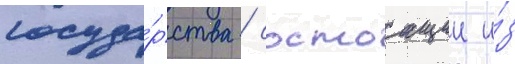
госуда́рства / состоащии и́з